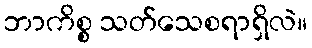
ဘာကိစ္စ သတ်သေစရာရှိလဲ။